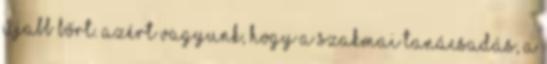
újabb bőrt. Azért vagyunk, hogy a szakmai tanácsadás, a